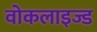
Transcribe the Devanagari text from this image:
वोकलाइज्ड